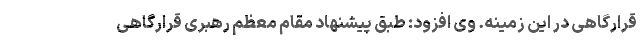
قرارگاهی در این زمینه. وی افزود: طبق پیشنهاد مقام معظم رهبری قرارگاهی